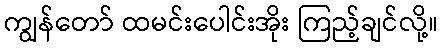
ကျွန်တော် ထမင်းပေါင်းအိုး ကြည့်ချင်လို့။